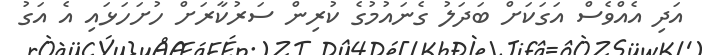
އަދި އެއްވެސް އަގަކަށް ބަދަލު ގެނައުމުގެ ކުރިން ސަރުކާރަށް ހުށަހަޅައި އެ އަގު